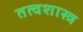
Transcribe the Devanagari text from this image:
तत्वशास्त्र